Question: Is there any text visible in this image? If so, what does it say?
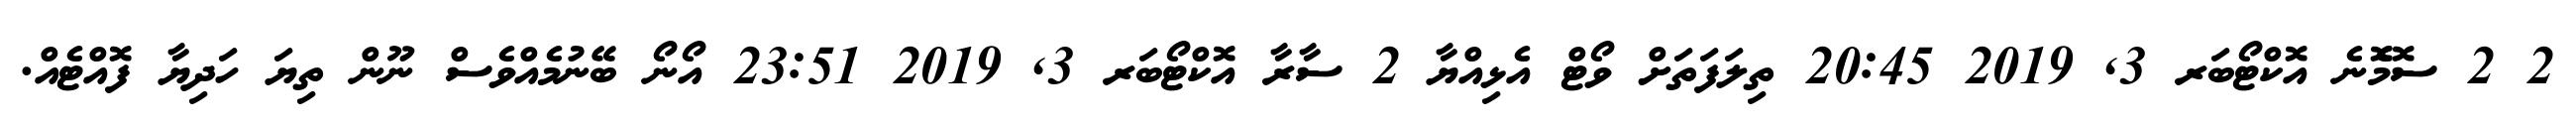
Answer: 2 2 ސޮމެޮނެ އޮކްޓޯބަރ 3, 2019 20:45 ތިލަފަތަށް ވޯޓް އެޅިއްޔާ 2 ސާރާ އޮކްޓޯބަރ 3, 2019 23:51 އޯނޯ ބޭނުމެއްވެސް ނޫން ތިޔަ ހަދިޔާ ފޮއްޓެއް.